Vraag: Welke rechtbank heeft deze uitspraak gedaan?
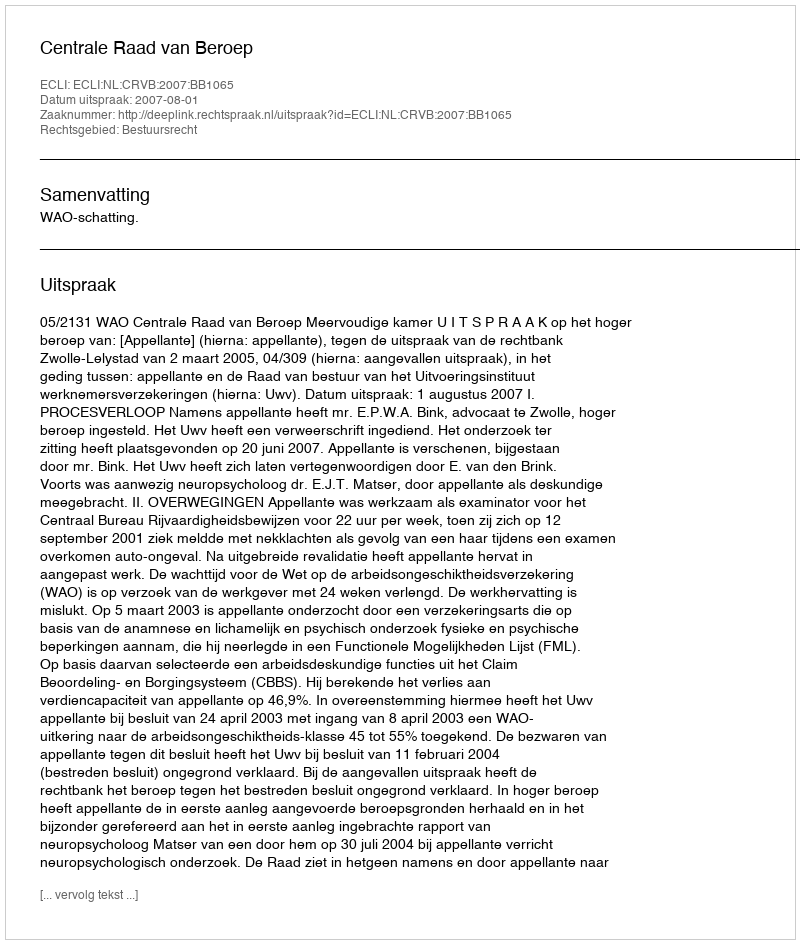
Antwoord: Centrale Raad van Beroep